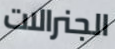
الجنرالات